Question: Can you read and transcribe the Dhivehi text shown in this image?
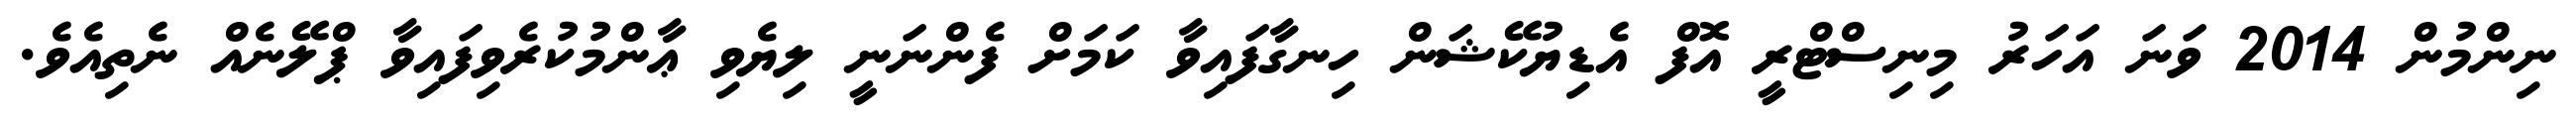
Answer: ނިންމުން 2014 ވަނަ އަހަރު މިނިސްޓްރީ އޮފް އެޑިޔުކޭޝަން ހިނގާފައިވާ ކަމަށް ފެންނަނީ ލިޔެވި ޢާންމުކުރެވިފައިވާ ޕްލޭނެއް ނެތިއެވެ.